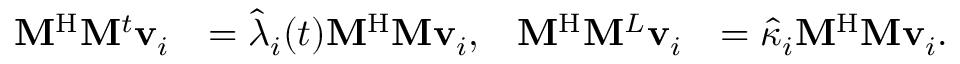
\begin{array} { r l r l } { \mathbf { M } ^ { \mathrm { H } } \mathbf { M } ^ { t } \mathbf { v } _ { i } } & { = \hat { \lambda } _ { i } ( t ) \mathbf { M } ^ { \mathrm { H } } \mathbf { M } \mathbf { v } _ { i } , } & { \mathbf { M } ^ { \mathrm { H } } \mathbf { M } ^ { L } \mathbf { v } _ { i } } & { = \hat { \kappa } _ { i } \mathbf { M } ^ { \mathrm { H } } \mathbf { M } \mathbf { v } _ { i } . } \end{array}